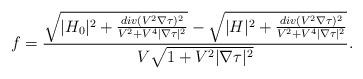
LaTeX: \begin{align*} f &= \frac{\sqrt{|H_0|^2 +\frac{div (V ^2 \nabla \tau)^2}{V ^2+V ^4 |\nabla \tau|^2}} - \sqrt{|H|^2 +\frac{div (V ^2 \nabla \tau)^2}{V ^2+V ^4 |\nabla \tau|^2}} }{ V \sqrt{1+ V ^2|\nabla \tau|^2}}. \end{align*}